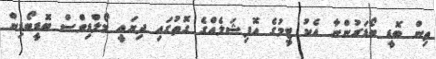
ތިން ބޮޑީ ބޯޑަރުންނާ އެކު ޓީމުގެ އޮފިޝަލެއްގެ ގޮތުގައި ދިޔައީ މޯލްޑިވްސް ބޮޑީބޯޑިން